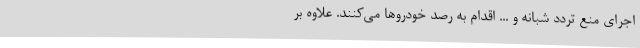
اجرای منع تردد شبانه و ... اقدام به رصد خودروها می‌کنند. علاوه بر